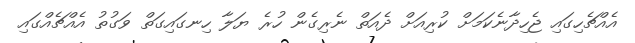
އެއްޗެހިގައި ޖެހިދާނެކަމަށް ކުރިއަށް ދެއަތް ނެރިގެން ހުރެ ޔަލާ ހިނގައިގަތް ވަގުތު އެއްޗެއްގައި